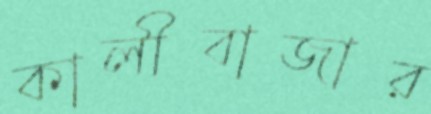
কালীবাজার